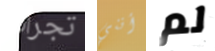
تجرأت أنني لم